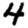
Digit: 4